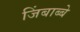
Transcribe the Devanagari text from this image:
जिंबाब्बे